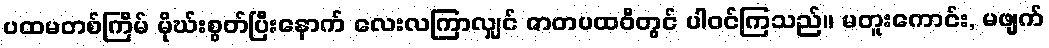
ပထမတစ်ကြိမ် မိုဃ်းစွတ်ပြီးနောက် လေးလကြာလျှင် ဇာတပထဝီတွင် ပါဝင်ကြသည်။ မတူးကောင်း, မဖျက်